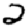
Digit: 2